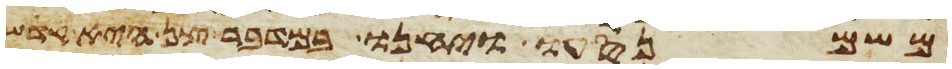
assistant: משם נסעו ויחנו במדבר צן היא קדש